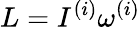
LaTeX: L=I^{(i)}\omega^{(i)}